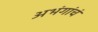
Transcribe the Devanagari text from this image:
अभंगांचं